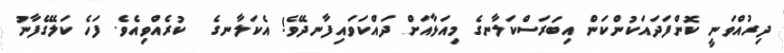
ދިރުއްވަނީ ކޮންފަދައަކުންކަން އިބަރަސްކަލާނގެ މިއަޅާއަށް ދައްކަވައިފާނދޭވެ! އެކަލާނގެ  ކުރެއްވިއެވެ. ފަހެ ކަލޭގެފާނު